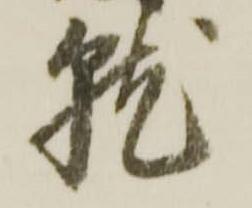
就